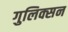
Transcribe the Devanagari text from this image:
गुलिक्सन